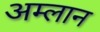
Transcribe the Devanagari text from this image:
अम्लान